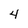
Character: 4